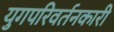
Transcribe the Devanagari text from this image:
युगपरिवर्तनकारी